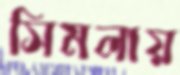
সিমলায়